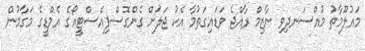
މައުލޫމާތު މުއްސަނދިވި ނާޒިމް ރާއްޖެ ވަޑައިގަތުމާ އެކު ޖަލަށް ގެންގޮސްފިއެސްޓީއޯގެ އެމްޑީގެ މަގާމުން